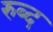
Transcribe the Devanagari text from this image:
रुब्द